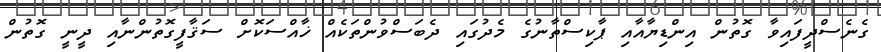
ގެނެސްދީފައިވާ ގޮތުން އިންޑިޔާއާއި ޕާކިސްތާނުގެ މެދުގައި ދެބަސްވުންތަކެއް ޚާއްސަކޮށް ސަޤާފީގޮތުންނާއި ދީނީ ގޮތުން